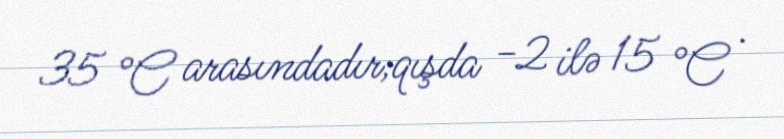
35 °C arasındadır;qışda −2 ilə 15 °C .